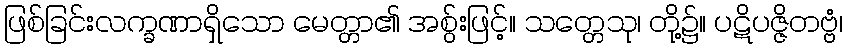
ဖြစ်ခြင်းလက္ခဏာရှိသော မေတ္တာ၏ အစွ်းဖြင့်။ သတ္တေသု၊ တို့၌။ ပဋိပဇ္ဇိတဗ္ဗံ၊